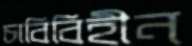
চাবিবিহীন